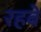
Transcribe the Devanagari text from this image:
रहबें